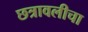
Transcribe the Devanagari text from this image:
छत्रावलीचा